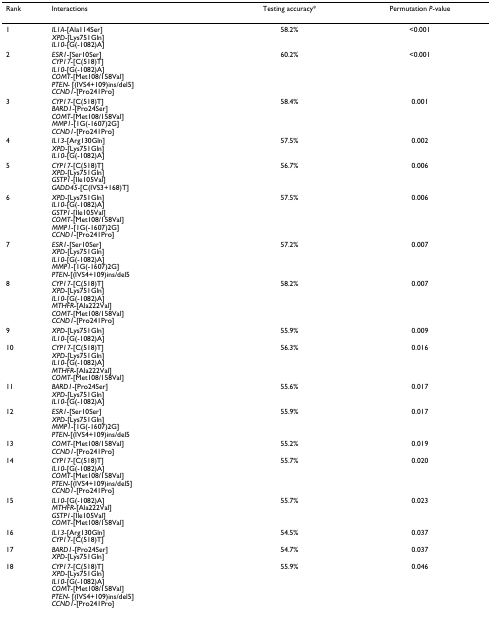
<table><thead><tr><td><b>Rank</b></td><td><b>Interactions</b></td><td><b>Testing accuracy*</b></td><td><b>Permutation <i>P</i>-value</b></td></tr></thead><tbody><tr><td>1</td><td><i>IL1A</i>-[Ala114Ser]<i>XPD</i>-[Lys751Gln]<i>IL10</i>-[G(-1082)A]</td><td>58.2%</td><td>&lt;0.001</td></tr><tr><td>2</td><td><i>ESR1</i>-[Ser10Ser]<i>CYP17</i>-[C(518)T]<i>IL10</i>-[G(-1082)A]<i>COMT</i>-[Met108/158Val]<i>PTEN- </i>[(IVS4+109)ins/del5]<i>CCND1</i>-[Pro241Pro]</td><td>60.2%</td><td>&lt;0.001</td></tr><tr><td>3</td><td><i>CYP17</i>-[C(518)T]<i>BARD1</i>-[Pro24Ser]<i>COMT</i>-[Met108/158Val]<i>MMP1</i>-[1G(-1607)2G]<i>CCND1</i>-[Pro241Pro]</td><td>58.4%</td><td>0.001</td></tr><tr><td>4</td><td><i>IL13</i>-[Arg130Gln]<i>XPD</i>-[Lys751Gln]<i>IL10</i>-[G(-1082)A]</td><td>57.5%</td><td>0.002</td></tr><tr><td>5</td><td><i>CYP17</i>-[C(518)T]<i>XPD</i>-[Lys751Gln]<i>GSTP1</i>-[Ile105Val]<i>GADD45</i>-[C(IVS3+168)T]</td><td>56.7%</td><td>0.006</td></tr><tr><td>6</td><td><i>XPD</i>-[Lys751Gln]<i>IL10</i>-[G(-1082)A]<i>GSTP1</i>-[Ile105Val]<i>COMT</i>-[Met108/158Val]<i>MMP1</i>-[1G(-1607)2G]<i>CCND1</i>-[Pro241Pro]</td><td>57.5%</td><td>0.006</td></tr><tr><td>7</td><td><i>ESR1</i>-[Ser10Ser]<i>XPD</i>-[Lys751Gln]<i>IL10</i>-[G(-1082)A]<i>MMP1</i>-[1G(-1607)2G]<i>PTEN</i>-[(IVS4+109)ins/del5</td><td>57.2%</td><td>0.007</td></tr><tr><td>8</td><td><i>CYP17</i>-[C(518)T]<i>XPD</i>-[Lys751Gln]<i>IL10</i>-[G(-1082)A]<i>MTHFR</i>-[Ala222Val]<i>COMT</i>-[Met108/158Val]<i>CCND1</i>-[Pro241Pro]</td><td>58.2%</td><td>0.007</td></tr><tr><td>9</td><td><i>XPD</i>-[Lys751Gln]<i>IL10</i>-[G(-1082)A]</td><td>55.9%</td><td>0.009</td></tr><tr><td>10</td><td><i>CYP17</i>-[C(518)T]<i>XPD</i>-[Lys751Gln]<i>IL10</i>-[G(-1082)A]<i>MTHFR</i>-[Ala222Val]<i>COMT</i>-[Met108/158Val]</td><td>56.3%</td><td>0.016</td></tr><tr><td>11</td><td><i>BARD1</i>-[Pro24Ser]<i>XPD</i>-[Lys751Gln]<i>IL10</i>-[G(-1082)A]</td><td>55.6%</td><td>0.017</td></tr><tr><td>12</td><td><i>ESR1</i>-[Ser10Ser]<i>XPD</i>-[Lys751Gln]<i>MMP1</i>-[1G(-1607)2G]<i>PTEN</i>-[(IVS4+109)ins/del5</td><td>55.9%</td><td>0.017</td></tr><tr><td>13</td><td><i>COMT</i>-[Met108/158Val]<i>CCND1</i>-[Pro241Pro]</td><td>55.2%</td><td>0.019</td></tr><tr><td>14</td><td><i>CYP17</i>-[C(518)T]<i>IL10</i>-[G(-1082)A]<i>COMT</i>-[Met108/158Val]<i>PTEN</i>-[(IVS4+109)ins/del5]<i>CCND1</i>-[Pro241Pro]</td><td>55.7%</td><td>0.020</td></tr><tr><td>15</td><td><i>IL10</i>-[G(-1082)A]<i>MTHFR</i>-[Ala222Val]<i>GSTP1</i>-[Ile105Val]<i>COMT</i>-[Met108/158Val]</td><td>55.7%</td><td>0.023</td></tr><tr><td>16</td><td><i>IL13</i>-[Arg130Gln]<i>CYP17</i>-[C(518)T]</td><td>54.5%</td><td>0.037</td></tr><tr><td>17</td><td><i>BARD1</i>-[Pro24Ser]<i>XPD</i>-[Lys751Gln]</td><td>54.7%</td><td>0.037</td></tr><tr><td>18</td><td><i>CYP17</i>-[C(518)T]<i>XPD</i>-[Lys751Gln]<i>IL10</i>-[G(-1082)A]<i>COMT</i>-[Met108/158Val]<i>PTEN- </i>[(IVS4+109)ins/del5]<i>CCND1</i>-[Pro241Pro]</td><td>55.9%</td><td>0.046</td></tr></tbody></table>